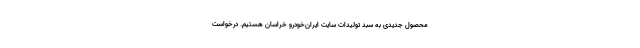
محصول جدیدی به سبد تولیدات سایت ایران‌خودرو خراسان هستیم. درخواست